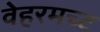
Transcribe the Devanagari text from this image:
वेहरमच्ट